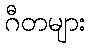
ဂီတများ